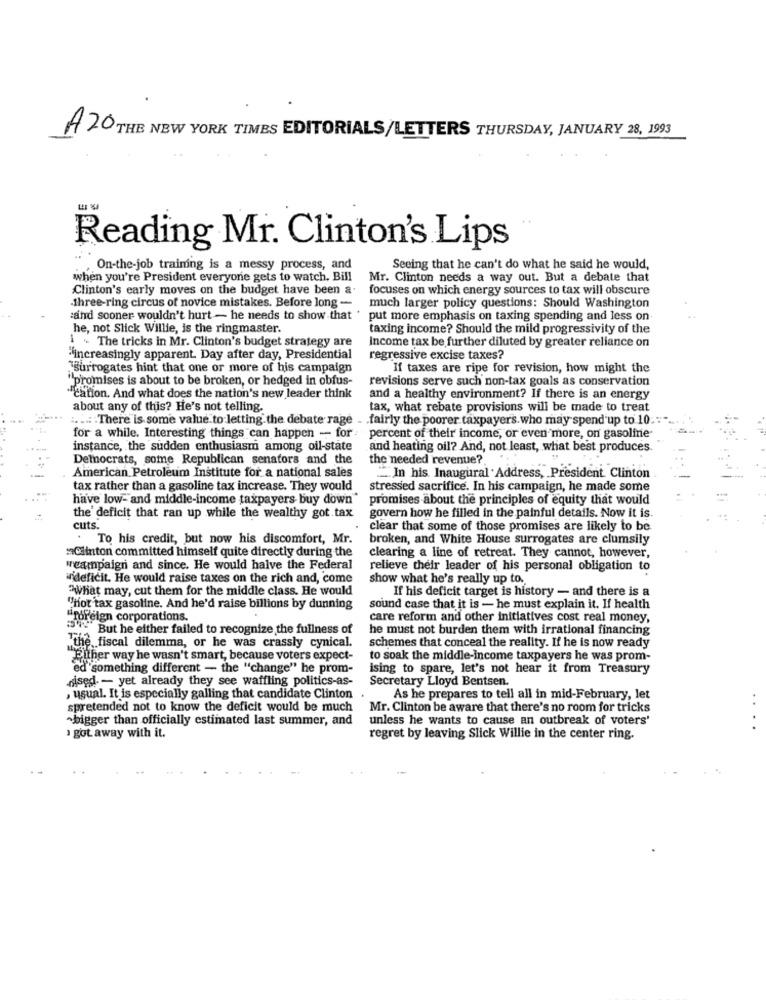
A 20 THE NEW YORK TIMES EDITORIALS/LETTERS THURSDAY, JANUARY 28, 1993
Reading Mr. Clinton's Lips
On-the-job training is a messy process, and
Seeing that he can't do what he said he would,
when you're President everyone gets to watch. Bill
Mr. Clinton needs a way out. But a debate that
Clinton's early moves on the budget have been a.
focuses on which energy sources to tax will obscure
three-ring circus of novice mistakes. Before long -
much larger policy questions: Should Washington
:and sooner wouldn't hurt - he needs to show that '
put more emphasis on taxing spending and less on
he, not Slick Willie, is the ringmaster.
taxing income? Should the mild progressivity of the
i . The tricks in Mr. Clinton's budget strategy are
Income tax be further diluted by greater reliance on
"increasingly apparent. Day after day, Presidential
regressive excise taxes?
Surrogates hint that one or more of his campaign
If taxes are ripe for revision, how might the
"promises is about to be broken, or hedged in obfus-
revisions serve such non-tax goals as conservation
Cation. And what does the nation's new leader think
and a healthy environment? If there is an energy
about any of this? He's not telling.
tax, what rebate provisions will be made to treat
..... . There is some value.to letting.the debate rage
. . fairly the poorer taxpayers. who may spend up to 10:"
for a while. Interesting things can happen - for
percent of their income, or even more, on gasoline-
instance, the sudden enthusiasm among oil-state
and heating oil? And, not least, what best produces
Democrats, some Republican senators and the
the needed revenue?
American Petroleum Institute for a national sales
In his. Inaugural Address, President Clinton
tax rather than a gasoline tax increase. They would
stressed sacrifice. In his campaign, he made some
have low- and middle-income taxpayers buy down"
promises about the principles of equity that would
govern how he filled in the painful details. Now it is
the deficit that ran up while the wealthy got tax
cuts.
clear that some of those promises are likely to be
. To his credit, but now his discomfort, Mr.
broken, and White House surrogates are clumsily
:Clinton committed himself quite directly during the
clearing a line of retreat. They cannot, however,
wcampaign and since. He would halve the Federal
relieve their leader of his personal obligation to
w'deficit. He would raise taxes on the rich and, come
show what he's really up to.
What may, cut them for the middle class. He would
If his deficit target is history - and there is a
"hot tax gasoline. And he'd raise billions by dunning
sound case that it is - he must explain it. If health
#foreign corporations.
care reform and other initiatives cost real money,
5. But he either failed to recognize the fullness of
he must not burden them with irrational financing
"the fiscal dilemma, or he was crassly cynical.
schemes that conceal the reality. If he is now ready
either way he wasn't smart, because voters expect-
to soak the middle-income taxpayers he was prom-
ed something different - the "change" he prom-
ising to spare, let's not hear it from Treasury
sised. - yet already they see waffling politics-as-
Secretary Lloyd Bentsen.
, usual. It is especially galling that candidate Clinton
As he prepares to tell all in mid-February, let
spretended not to know the deficit would be much
Mr. Clinton be aware that there's no room for tricks
~bigger than officially estimated last summer, and
unless he wants to cause an outbreak of voters'
1 got away with it.
regret by leaving Slick Willie in the center ring.